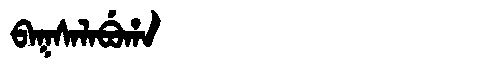
Manchu: ᠪᠠᡴᠰᠠᠯᠠᠪᡠᡥᠠ
Romanization: BAKSALABUHA